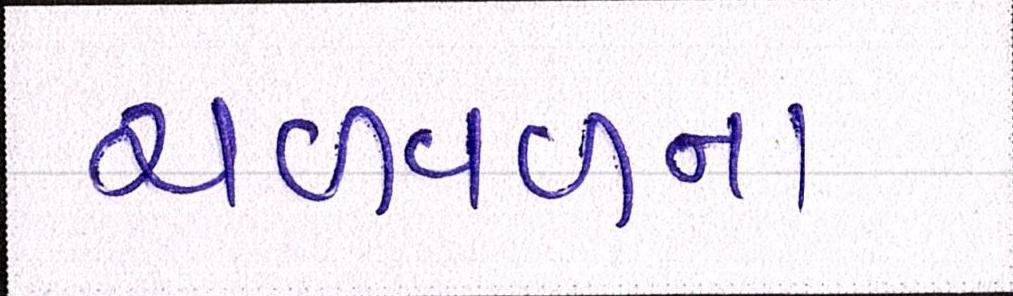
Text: ચળવળના